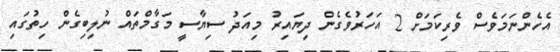
އެހެންނަމަވެސް ވެރިކަމަށް 2 އަހަރުވެގެން ދިޔައިރު މިއަދު ސިޔާސީ މަގާމްތައް ނުލިބިގެން ހިތުގައި